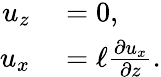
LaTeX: \begin{array}{rl}{u_{z}}&{{}=0,}\\ {u_{x}}&{{}=\ell\frac{\partial u_{x}}{\partial z}.}\end{array}